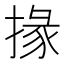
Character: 掾